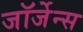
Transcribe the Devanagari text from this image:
जॉर्जेन्स